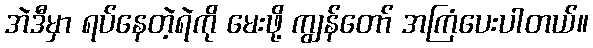
အဲဒီမှာ ရပ်နေတဲ့ရဲကို မေးဖို့ ကျွန်တော် အကြံပေးပါတယ်။